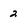
Character: 2